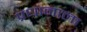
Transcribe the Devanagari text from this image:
प्रधानाला